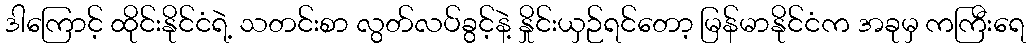
ဒါကြောင့် ထိုင်းနိုင်ငံရဲ့ သတင်းစာ လွတ်လပ်ခွင့်နဲ့ နှိုင်းယှဉ်ရင်တော့ မြန်မာနိုင်ငံက အခုမှ ကကြီးရေ